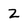
Character: z